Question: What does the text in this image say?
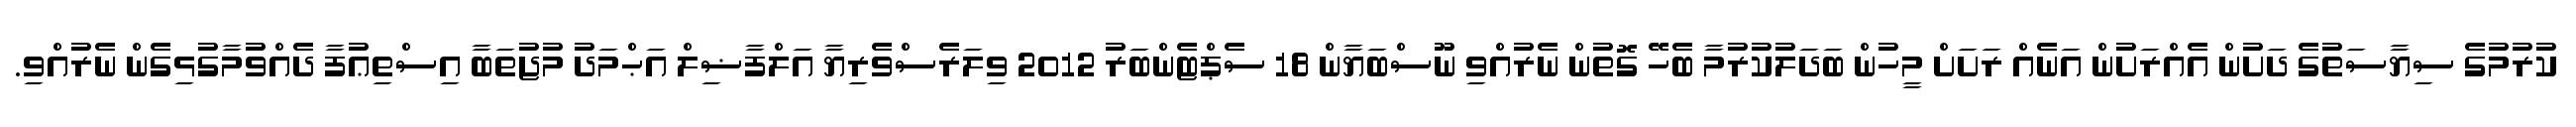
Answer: ކުރުމުގެ ސިޔާސަތުގެ ދަށުން އެއްރަށުން އަނެއް ރަށަށް މީހުން ބަދަލުކުރުމާ ބެހޭ ގޮތުން ނެރުއްވި ނޫސްބަޔާން 18 ސެޕްޓެންބަރު 2012 ވިލަރެސްވެރިޔާ އަލްފާޟިލް އަޙްމަދު މުޖުތަބާ އިސްތިޢުފާ ދެއްވުމާގުޅިގެން ނެރުއްވި.